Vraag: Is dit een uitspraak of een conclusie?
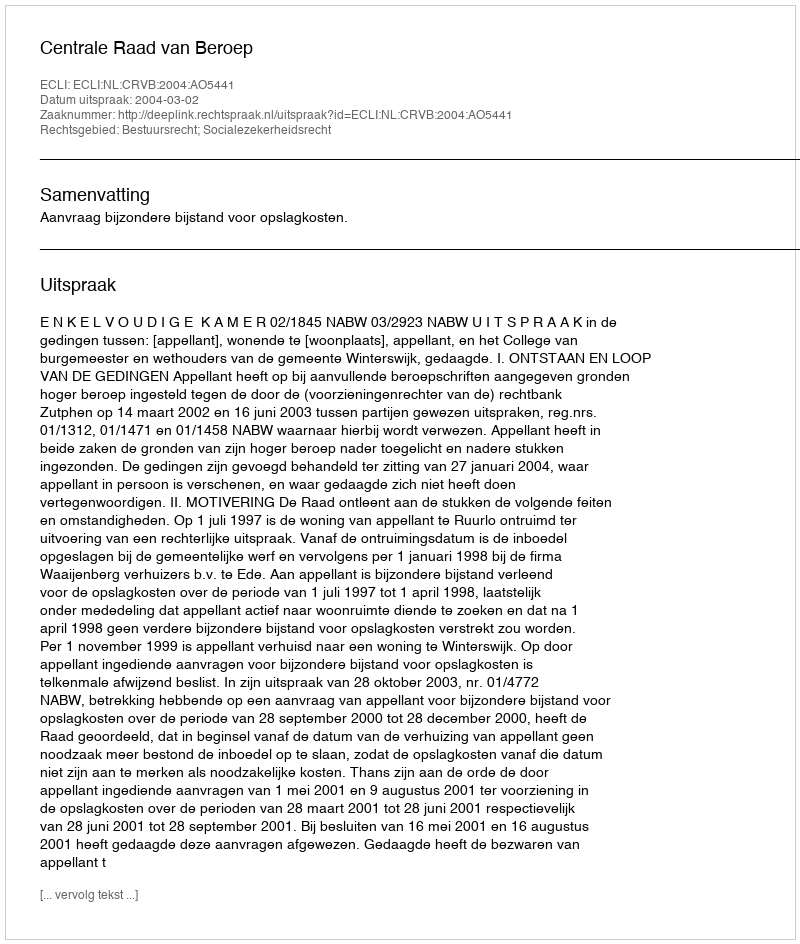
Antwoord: Uitspraak